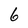
Character: 6